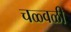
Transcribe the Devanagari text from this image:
चळ्वळी